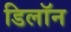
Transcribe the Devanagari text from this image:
डिलॉन